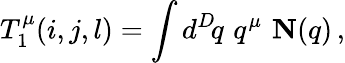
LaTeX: T_{1}^{\mu}(i,j,l)=\int d^{D}\! q\, \, q^{\mu}\, \, {\mathbf N}(q)\, ,